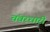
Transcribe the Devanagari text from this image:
चंवरधारी